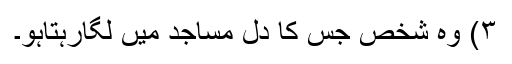
۳) وہ شخص جس کا دل مساجد میں لگارہتاہو۔